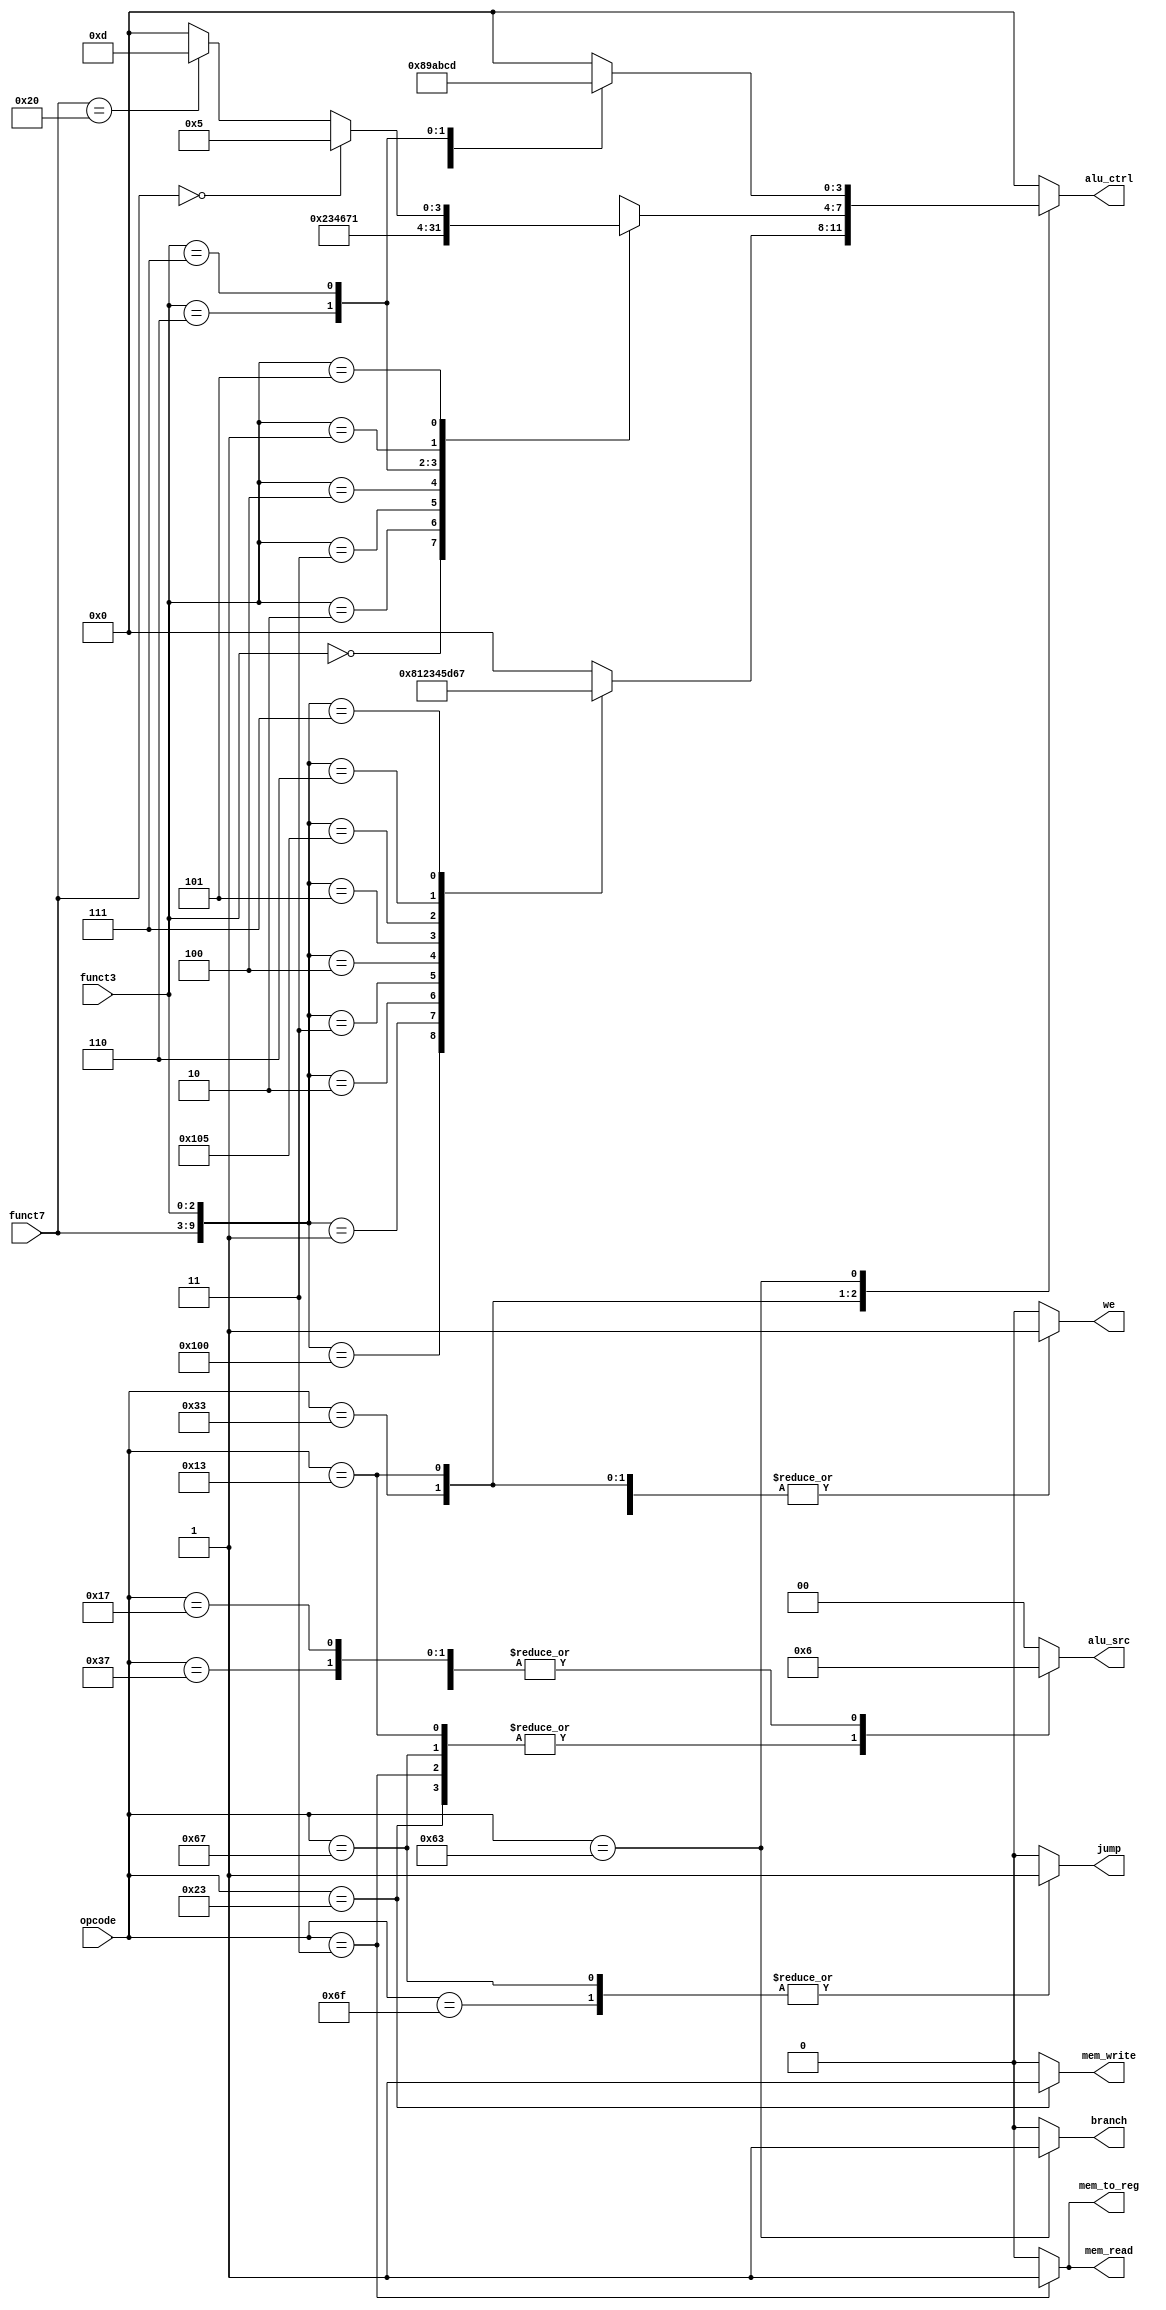
module Control(
    input [6:0] opcode,
    input [2:0] funct3,
    input [6:0] funct7,
    output reg [3:0] alu_ctrl,
    output reg we,
    output reg branch,
    output reg jump,
    output reg [1:0] alu_src,
    output reg mem_read,
    output reg mem_write,
    output reg mem_to_reg
);
    always @(*) begin
        we = 0;
        branch = 0;
        jump = 0;
        alu_src = 2'b00;
        mem_read = 0;
        mem_write = 0;
        mem_to_reg = 0;
        alu_ctrl = 4'b0000;

        case (opcode)
            7'b0110011: begin // R-type
                we = 1;
                case ({funct7, funct3})
                    10'b0000000000: alu_ctrl = 4'b0000; // ADD
                    10'b0100000000: alu_ctrl = 4'b1000; // SUB
                    10'b0000000001: alu_ctrl = 4'b0001; // SLL
                    10'b0000000010: alu_ctrl = 4'b0010; // SLT
                    10'b0000000011: alu_ctrl = 4'b0011; // SLTU
                    10'b0000000100: alu_ctrl = 4'b0100; // XOR
                    10'b0000000101: alu_ctrl = 4'b0101; // SRL
                    10'b0100000101: alu_ctrl = 4'b1101; // SRA
                    10'b0000000110: alu_ctrl = 4'b0110; // OR
                    10'b0000000111: alu_ctrl = 4'b0111; // AND
                    default: alu_ctrl = 4'b0000; // Default case to handle all other conditions
                endcase
            end
            7'b0010011: begin // I-type
                we = 1;
                alu_src = 2'b01;
                case (funct3)
                    3'b000: alu_ctrl = 4'b0000; // ADDI
                    3'b010: alu_ctrl = 4'b0010; // SLTI
                    3'b011: alu_ctrl = 4'b0011; // SLTIU
                    3'b100: alu_ctrl = 4'b0100; // XORI
                    3'b110: alu_ctrl = 4'b0110; // ORI
                    3'b111: alu_ctrl = 4'b0111; // ANDI
                    3'b001: alu_ctrl = 4'b0001; // SLLI
                    3'b101: begin
                        if (funct7 == 7'b0000000)
                            alu_ctrl = 4'b0101; // SRLI
                        else if (funct7 == 7'b0100000)
                            alu_ctrl = 4'b1101; // SRAI
                        else
                            alu_ctrl = 4'b0000; // Default case
                    end
                    default: alu_ctrl = 4'b0000; // Default case to handle all other conditions
                endcase
            end
            7'b0000011: begin // Load instructions
                we = 1;
                alu_src = 2'b01;
                alu_ctrl = 4'b0000; // ADD
                mem_read = 1;
                mem_to_reg = 1;
            end
            7'b0100011: begin // Store instructions
                alu_src = 2'b01;
                alu_ctrl = 4'b0000; // ADD
                mem_write = 1;
            end
            7'b1100011: begin // Branch instructions
                branch = 1;
                alu_src = 2'b00;
                case (funct3)
                    3'b000: alu_ctrl = 4'b1000; // BEQ
                    3'b001: alu_ctrl = 4'b1001; // BNE
                    3'b100: alu_ctrl = 4'b1010; // BLT
                    3'b101: alu_ctrl = 4'b1011; // BGE
                    3'b110: alu_ctrl = 4'b1100; // BLTU
                    3'b111: alu_ctrl = 4'b1101; // BGEU
                    default: alu_ctrl = 4'b0000; // Default case to handle all other conditions
                endcase
            end
            7'b1101111: begin // JAL
                we = 1;
                jump = 1;
                alu_src = 2'b10;
                alu_ctrl = 4'b0000; // ADD
            end
            7'b1100111: begin // JALR
                we = 1;
                jump = 1;
                alu_src = 2'b01;
                alu_ctrl = 4'b0000; // ADD
            end
            7'b0110111: begin // LUI
                we = 1;
                alu_src = 2'b10;
                alu_ctrl = 4'b0000; // ADD
            end
            7'b0010111: begin // AUIPC
                we = 1;
                alu_src = 2'b10;
                alu_ctrl = 4'b0000; // ADD
            end
            default: begin
                alu_ctrl = 4'b0000; // Default case to handle all other conditions
            end
        endcase
    end
endmodule